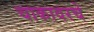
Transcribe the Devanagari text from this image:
चाकावरचे